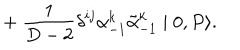
LaTeX: + ~ { \frac { 1 } { D - 2 } } { \delta } ^ { i j } { \alpha } _ { - 1 } ^ { k } \tilde { \alpha } _ { - 1 } ^ { k } \mid 0 , P \rangle .